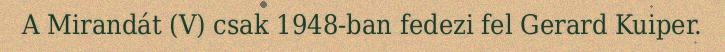
A Mirandát (V) csak 1948-ban fedezi fel Gerard Kuiper.